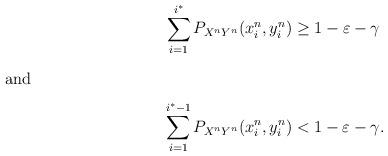
LaTeX: \begin{align*} \sum_{i=1}^{i^*}P_{X^nY^n}(x_i^n,y_i^n)&\geq 1-\varepsilon-\gamma\intertext{and} \sum_{i=1}^{i^*-1}P_{X^nY^n}(x_i^n,y_i^n)&< 1-\varepsilon-\gamma.\end{align*}